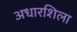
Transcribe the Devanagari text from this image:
अधारशिला